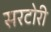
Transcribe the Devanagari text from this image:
सरटोरी